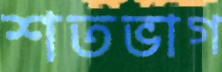
শতভাগ